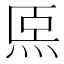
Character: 𤇴